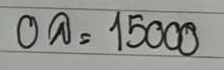
0ล = 15000